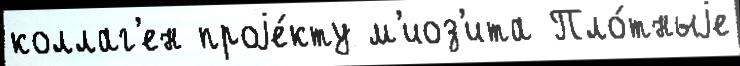
коллаг'ен проjе́кту м'иоз'ита Пло́тныjе